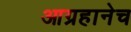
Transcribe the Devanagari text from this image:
आग्रहानेच